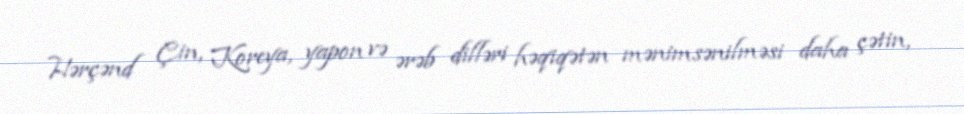
Hərçənd Çin, Koreya, yapon və ərəb dilləri həqiqətən mənimsənilməsi daha çətin,